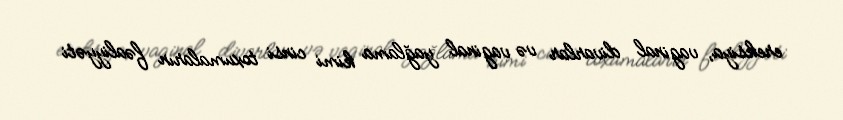
ereksiya, vaginal divarlar və vaginal yağlama kimi cinsi toxumaların fəaliyyəti